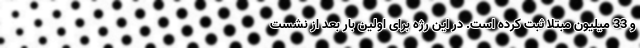
و 33 میلیون مبتلا ثبت کرده است. در این رژه برای اولین بار بعد از نشست